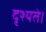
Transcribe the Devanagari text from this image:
दृश्यते।